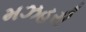
મઝહરી